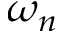
\omega _ { n }